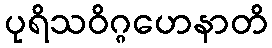
ပုရိသဝိဂ္ဂဟေနာတိ